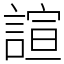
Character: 諠